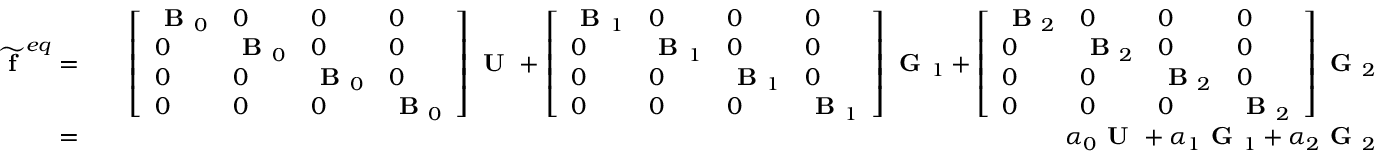
\begin{array} { r l r } { \widetilde { \textbf { f } } ^ { e q } = } & { } & { \left[ \begin{array} { l l l l } { \textbf { B } _ { 0 } } & { 0 } & { 0 } & { 0 } \\ { 0 } & { \textbf { B } _ { 0 } } & { 0 } & { 0 } \\ { 0 } & { 0 } & { \textbf { B } _ { 0 } } & { 0 } \\ { 0 } & { 0 } & { 0 } & { \textbf { B } _ { 0 } } \end{array} \right] \textbf { U } + \left[ \begin{array} { l l l l } { \textbf { B } _ { 1 } } & { 0 } & { 0 } & { 0 } \\ { 0 } & { \textbf { B } _ { 1 } } & { 0 } & { 0 } \\ { 0 } & { 0 } & { \textbf { B } _ { 1 } } & { 0 } \\ { 0 } & { 0 } & { 0 } & { \textbf { B } _ { 1 } } \end{array} \right] \textbf { G } _ { 1 } + \left[ \begin{array} { l l l l } { \textbf { B } _ { 2 } } & { 0 } & { 0 } & { 0 } \\ { 0 } & { \textbf { B } _ { 2 } } & { 0 } & { 0 } \\ { 0 } & { 0 } & { \textbf { B } _ { 2 } } & { 0 } \\ { 0 } & { 0 } & { 0 } & { \textbf { B } _ { 2 } } \end{array} \right] \textbf { G } _ { 2 } } \\ { = } & { } & { \boldsymbol { \alpha } _ { 0 } \textbf { U } + \boldsymbol { \alpha } _ { 1 } \textbf { G } _ { 1 } + \boldsymbol { \alpha } _ { 2 } \textbf { G } _ { 2 } } \end{array}